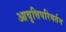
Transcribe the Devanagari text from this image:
आवृत्तिपरिवर्तन